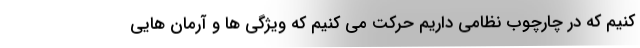
کنیم که در چارچوب نظامی داریم حرکت می کنیم که ویژگی ها و آرمان هایی